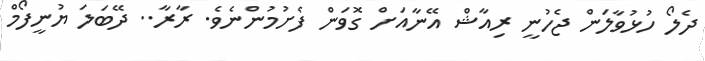
ދެލޯ ހުޅުވާލަން ޖެހުނީ ރިއާޝް އޭނާއަށް ގޮވަން ފެށުމުންނެވެ. ރާރާ.. ދޭބަލަ ޔުނީފޯމް